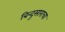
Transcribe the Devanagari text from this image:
बिन्दुसाराचा